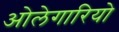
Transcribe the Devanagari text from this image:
ओलेगारियो